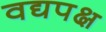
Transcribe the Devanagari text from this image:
वद्यपक्ष